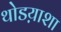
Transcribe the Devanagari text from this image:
थोडय़ाशा